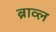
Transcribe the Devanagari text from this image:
ब्राव्ल